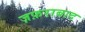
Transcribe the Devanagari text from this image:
ज़फ़राबाद